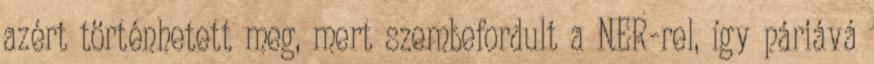
azért történhetett meg, mert szembefordult a NER-rel, így páriává